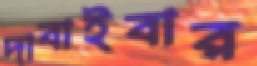
দাবাইবার